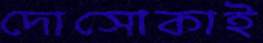
দোসোকাই